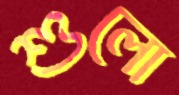
শুলো